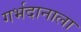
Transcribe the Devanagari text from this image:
गर्भदानाला